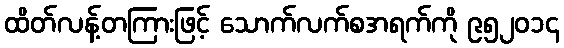
ထိတ်လန့်တကြားဖြင့် သောက်လက်စအရက်ကို ၉၅၂၀၁၄